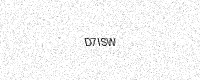
Text: D7ISW